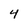
Character: 4